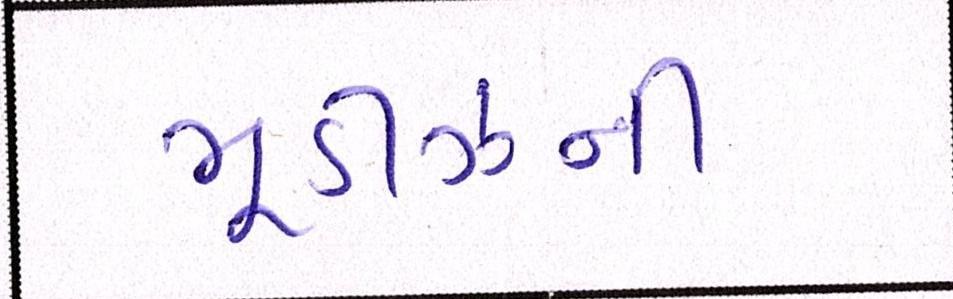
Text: મૂડીઝની